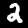
Label: 2